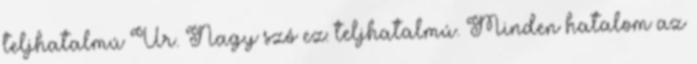
teljhatalmú Úr. Nagy szó ez: teljhatalmú. Minden hatalom az